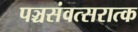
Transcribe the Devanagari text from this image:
पञ्चसंवत्सरात्क